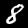
Digit: 8